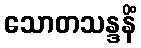
သောတသန္ဒနိံ